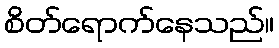
စိတ်ရောက်နေသည်။